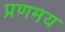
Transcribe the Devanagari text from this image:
प्रणमय